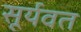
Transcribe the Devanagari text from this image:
सूर्यवत